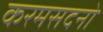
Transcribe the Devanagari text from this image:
करमसदनो